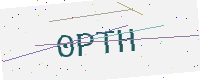
Text: 0PTH